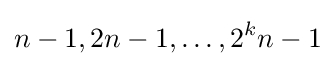
n-1,2n-1,\dots ,2^{k}n-1